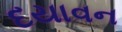
દયાવન